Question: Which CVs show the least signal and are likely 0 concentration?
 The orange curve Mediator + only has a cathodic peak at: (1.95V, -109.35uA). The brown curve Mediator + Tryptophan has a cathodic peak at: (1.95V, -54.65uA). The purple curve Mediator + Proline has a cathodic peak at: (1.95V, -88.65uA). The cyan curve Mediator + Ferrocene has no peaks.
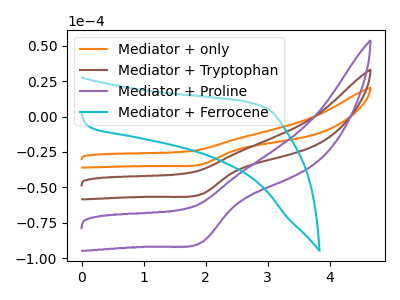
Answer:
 <answer>"Mediator + Ferrocene" is likely to be a blank.</answer>
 <eval>Mediator + Ferrocene</eval>